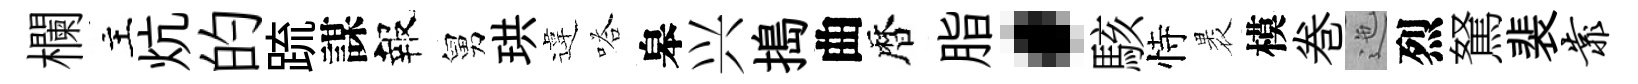
欄主炕的䟽謀報舅珙違嗒皋兴搗曲暦脂·駭恃褁模巻迤烈駑裴靠